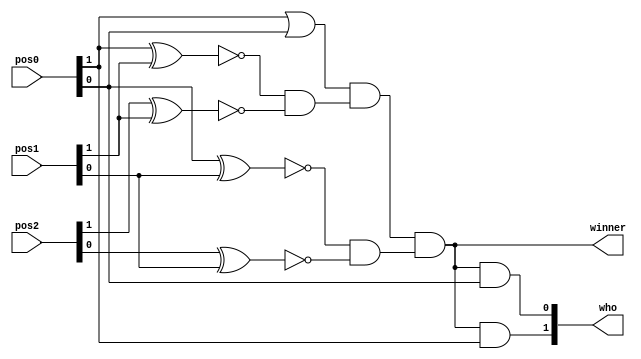
`timescale 1ns / 1ps
//////////////////////////////////////////////////////////////////////////////////
// Company: 
// Engineer: 
// 
// Design Name: 
// Module Name:    winner_detect_3 
// Project Name: 
// Target Devices: 
// Tool versions: 
// Description: 
//
// Dependencies: 
//
// Revision: 
// Revision 0.01 - File Created
// Additional Comments: 
//
//////////////////////////////////////////////////////////////////////////////////
module winner_detect_3(    // inner module of winner detector
input [1:0] pos0,pos1,pos2,  // 3 positions to check the winner
output wire winner,         // 1 bit winner signal
output wire [1:0]who        // 2 bit number of player who wins
    );

wire [1:0] temp0,temp1,temp2;
wire temp3;
assign temp0[1] = !(pos0[1]^pos1[1]);   // for checking if both bit are same by XNOR
assign temp0[0] = !(pos0[0]^pos1[0]);   
assign temp1[1] = !(pos2[1]^pos1[1]);   
assign temp1[0] = !(pos2[0]^pos1[0]);   
assign temp2[1] = temp0[1] & temp1[1];  // for checking both temp variable
assign temp2[0] = temp0[0] & temp1[0];  
assign temp3 = pos0[1] | pos0[0];       // to check non-empty position 
// winner if 3 positions are similar and should be 01 or 10 
assign winner = temp3 & temp2[1] & temp2[0];
// determine who the winner is 
assign who[1] = winner & pos0[1];
assign who[0] = winner & pos0[0];

endmodule